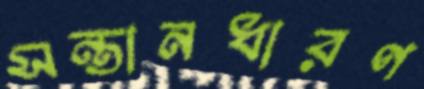
সন্তানধারণ